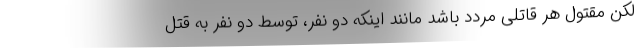
لکن مقتول هر قاتلی مردد باشد مانند اینکه دو نفر، توسط دو نفر به قتل